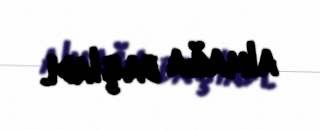
almağa başladı.